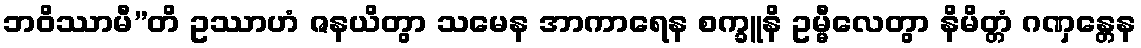
ဘဝိဿာမီ”တိ ဥဿာဟံ ဇနယိတွာ သမေန အာကာရေန စက္ခူနိ ဥမ္မီလေတွာ နိမိတ္တံ ဂဏှန္တေန